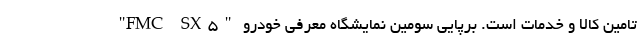
تامین کالا و خدمات است. برپایی سومین نمایشگاه معرفی خودرو "FMC SX5"